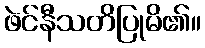
ဖဲင်နီသတိပြုမိ၏။